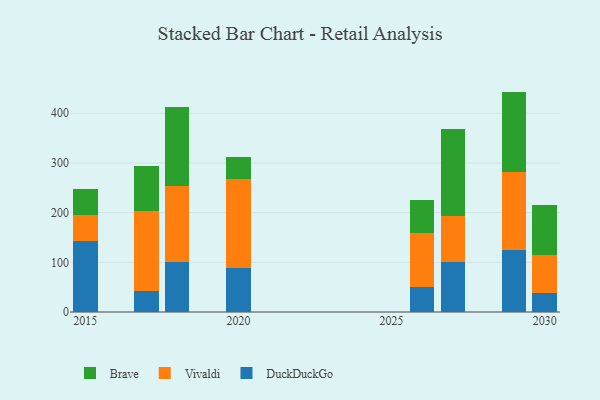
{"axis": {"x": "Year", "y": "Humidity (%)"}, "legend": ["Brave", "DuckDuckGo", "Vivaldi"], "data": [{"x": "2015", "y": 142.3, "type": "DuckDuckGo"}, {"x": "2015", "y": 52.5, "type": "Vivaldi"}, {"x": "2015", "y": 53.4, "type": "Brave"}, {"x": "2030", "y": 38.3, "type": "DuckDuckGo"}, {"x": "2030", "y": 76.5, "type": "Vivaldi"}, {"x": "2030", "y": 100.0, "type": "Brave"}, {"x": "2027", "y": 100.1, "type": "DuckDuckGo"}, {"x": "2027", "y": 93.0, "type": "Vivaldi"}, {"x": "2027", "y": 174.8, "type": "Brave"}, {"x": "2020", "y": 88.5, "type": "DuckDuckGo"}, {"x": "2020", "y": 178.2, "type": "Vivaldi"}, {"x": "2020", "y": 46.1, "type": "Brave"}, {"x": "2029", "y": 125.2, "type": "DuckDuckGo"}, {"x": "2029", "y": 155.9, "type": "Vivaldi"}, {"x": "2029", "y": 162.5, "type": "Brave"}, {"x": "2026", "y": 51.0, "type": "DuckDuckGo"}, {"x": "2026", "y": 107.6, "type": "Vivaldi"}, {"x": "2026", "y": 66.7, "type": "Brave"}, {"x": "2018", "y": 101.0, "type": "DuckDuckGo"}, {"x": "2018", "y": 153.4, "type": "Vivaldi"}, {"x": "2018", "y": 158.8, "type": "Brave"}, {"x": "2017", "y": 42.8, "type": "DuckDuckGo"}, {"x": "2017", "y": 160.7, "type": "Vivaldi"}, {"x": "2017", "y": 89.7, "type": "Brave"}]}